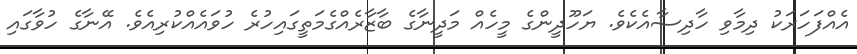
އެއްފަހަރަކު ދިމާވި ހާދިސާއެކެވެ. ޔަހޫދީންގެ މީހެއް މަދީނާގެ ބާޒާރެއްގެމަތީގައިހުރެ ހުވައެއްކުރިއެވެ. އޭނާގެ ހުވާގައި